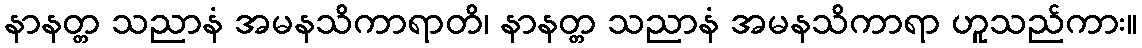
နာနတ္တ သညာနံ အမနသိကာရာတိ၊ နာနတ္တ သညာနံ အမနသိကာရာ ဟူသည်ကား။